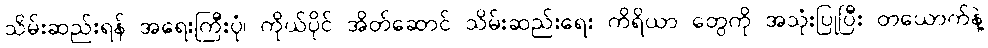
သိမ်းဆည်းရန် အရေးကြီးပုံ၊ ကိုယ်ပိုင် အိတ်ဆောင် သိမ်းဆည်းရေး ကိရိယာ တွေကို အသုံးပြုပြီး တယောက်နဲ့